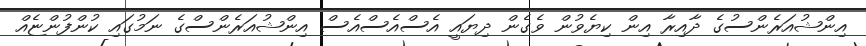
އިންޝުއަރެންސުގެ ދާއިރާ އިން ކިޔެވުން ވެގެން ދިޔައީ އެސްއެސްއެސް އިންޝުއަރެންސްގެ ނަމުގައި ކުންފުންޏެއް